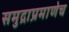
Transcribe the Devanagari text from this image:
समुद्राप्रमाणेच